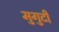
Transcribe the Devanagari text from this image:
मुगुटीं